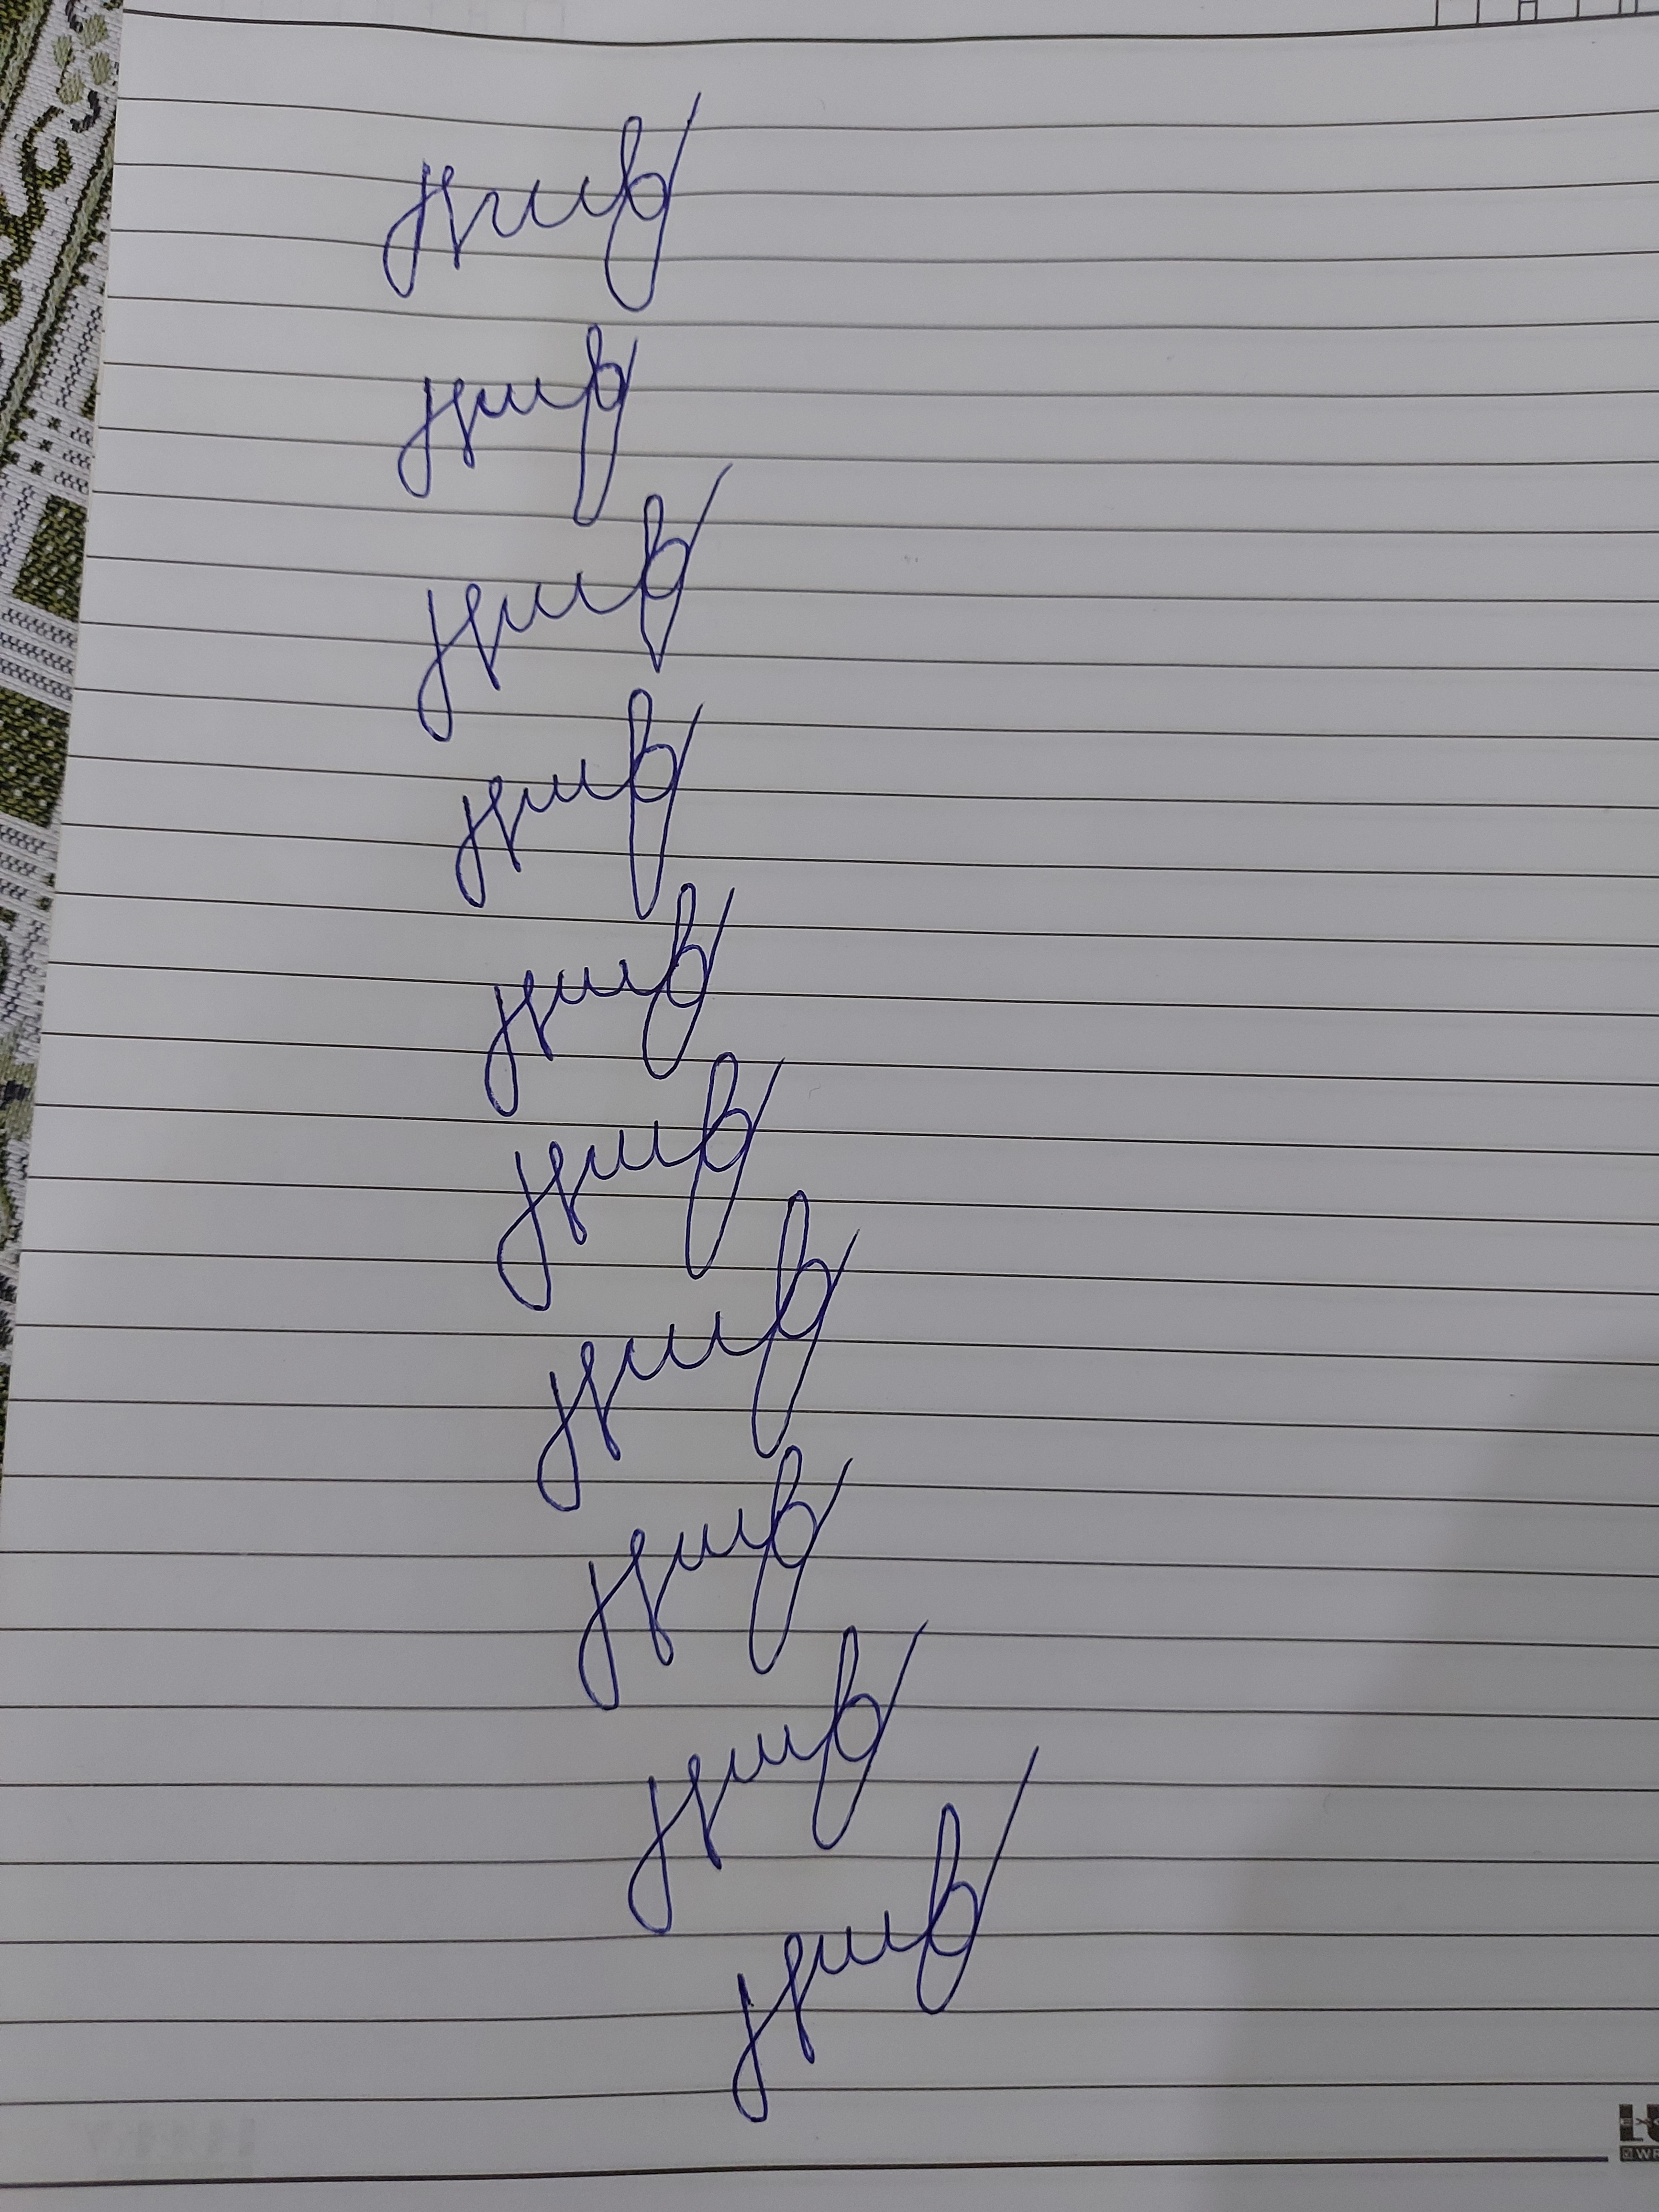
Signature authenticity: forged